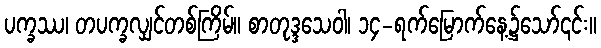
ပက္ခဿ၊ တပက္ခလျှင်တစ်ကြိမ်။ စာတုဒ္ဒသေဝါ၊ ၁၄-ရက်မြောက်နေ့၌သော်၎င်း။